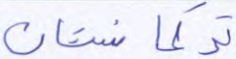
تركمانستان